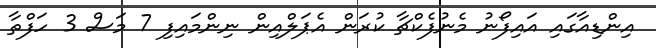
އިންޑިއާގައި އައިފޯނު މެނުފެކްޗާ ކުރަން އެޕަލްއިން ނިންމައިފި 7 މަސް 3 ހަފްތާ